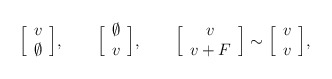
\begin{align*}\Big[ \begin{array}{c} v \cr \emptyset \end{array} \Big],\qquad \Big[ \begin{array}{c} \emptyset \cr v \end{array} \Big], \qquad \Big[ \begin{array}{c} v \cr v + F\end{array} \Big] \sim \Big[ \begin{array}{c} v \cr v \end{array} \Big],\end{align*}